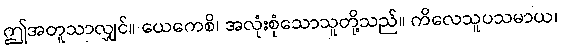
ဤအတူသာလျှင်။ ယေကေစိ၊ အလုံးစုံသောသူတို့သည်။ ကိလေသူပသမာယ၊